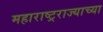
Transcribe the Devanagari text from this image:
महाराष्ट्रराज्याच्या